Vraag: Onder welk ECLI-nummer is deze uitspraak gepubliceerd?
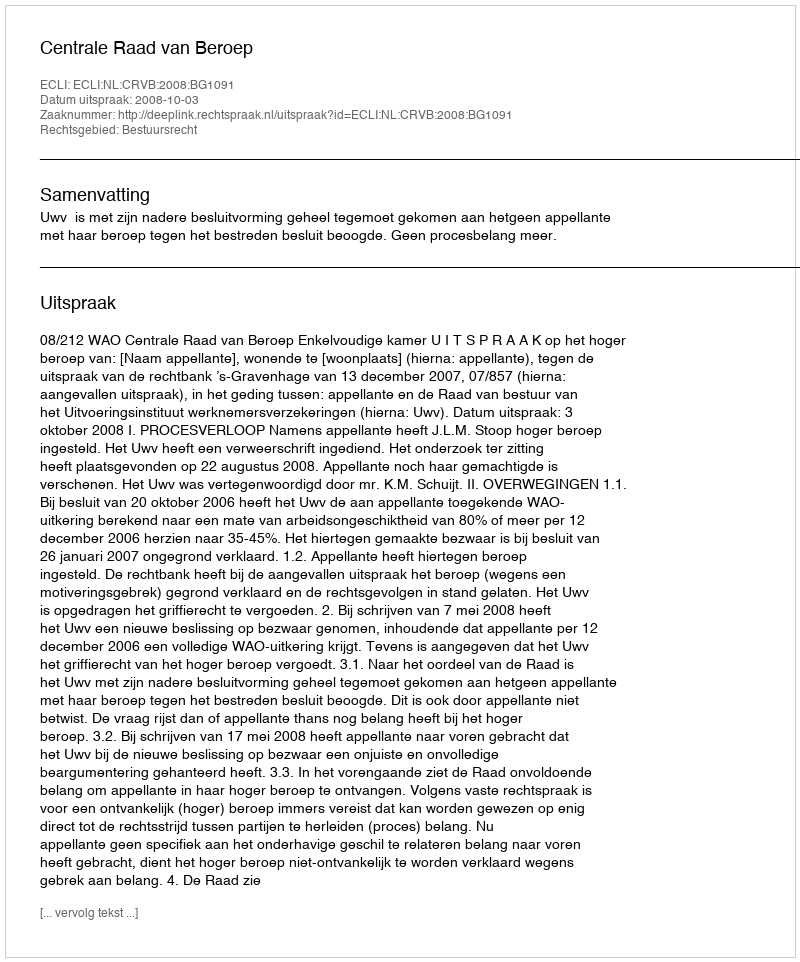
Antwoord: ECLI:NL:CRVB:2008:BG1091